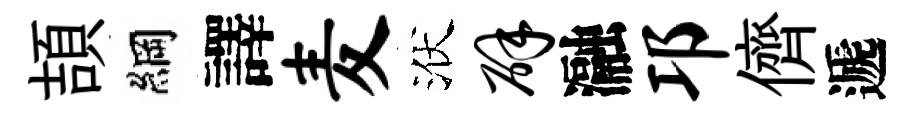
頡綱譯麦洑辟瀜邛儕遞